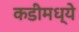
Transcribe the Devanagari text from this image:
कडीमध्ये